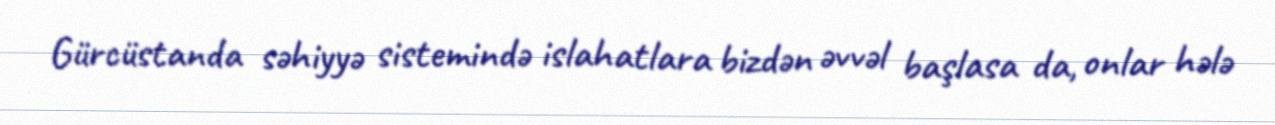
Gürcüstanda səhiyyə sistemində islahatlara bizdən əvvəl başlasa da, onlar hələ